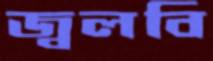
জ্বলবি